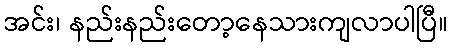
အင်း၊ နည်းနည်းတော့နေသားကျလာပါပြီ။